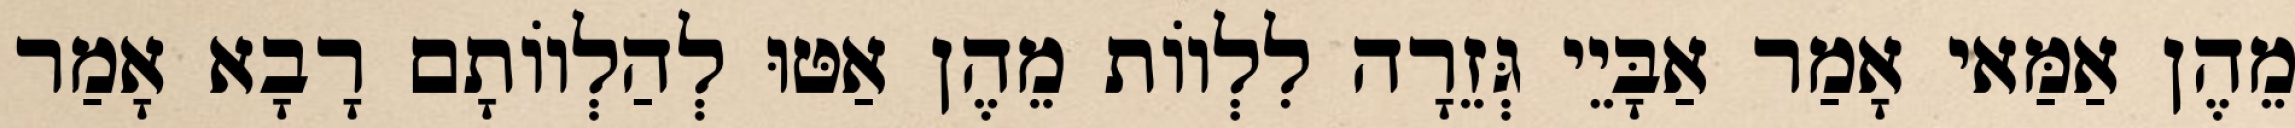
מֵהֶן אַמַּאי אָמַר אַבָּיֵי גְּזֵרָה לִלְווֹת מֵהֶן אַטּוּ לְהַלְווֹתָם רָבָא אָמַר